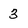
Character: 3